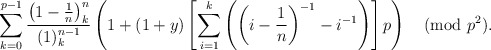
\begin{align*}\sum_{k=0}^{p-1} \frac{\left(1-\frac 1n \right)_k^n}{(1)_k^{n-1}}\left( 1 + (1+y) \left[ \sum_{i=1}^k \left( \left(i - \frac 1n\right)^{-1} - i^{-1}\right) \right] p \right) \pmod{p^2}.\end{align*}